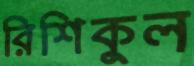
রিশিকুল